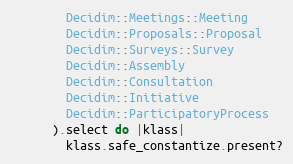
Language: Ruby
        Decidim::Meetings::Meeting
        Decidim::Proposals::Proposal
        Decidim::Surveys::Survey
        Decidim::Assembly
        Decidim::Consultation
        Decidim::Initiative
        Decidim::ParticipatoryProcess
      ).select do |klass|
        klass.safe_constantize.present?